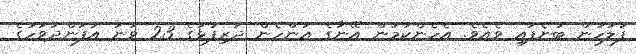
ފުލުހުން ބުނެފައި ވެއެވެ. އެހެންކަމުން އޭނާގެ އަންހެން ދަރިފުޅުގެ 23 ވަނަ އުފަންދުވަހުގެ